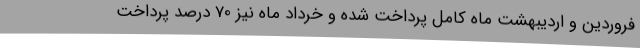
فروردین و اردیبهشت ماه کامل پرداخت شده و خرداد ماه نیز 70 درصد پرداخت